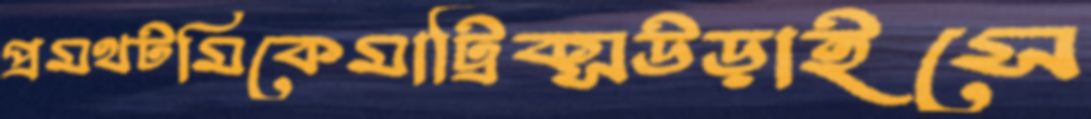
প্রমথটমিকেমাট্রিক্সউড়াইসে